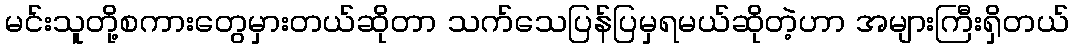
မင်းသူတို့စကားတွေမှားတယ်ဆိုတာ သက်သေပြန်ပြမှရမယ်ဆိုတဲ့ဟာ အများကြီးရှိတယ်